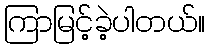
ကြာမြင့်ခဲ့ပါတယ်။